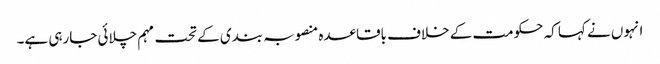
انہوں نے کہا کہ حکومت کے خلاف باقاعدہ منصوبہ بندی کے تحت مہم چلائی جارہی ہے۔